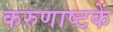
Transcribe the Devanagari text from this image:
करुणाष्टकें